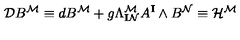
\mathcal { D } B ^ { \mathcal { M } } \equiv d B ^ { \mathcal { M } } + g \Lambda _ { \mathbf { I } \mathcal { N } } ^ { \mathcal { M } } A ^ { \mathbf { I } } \wedge B ^ { \mathcal { N } } \equiv \mathcal { H } ^ { \mathcal { M } }